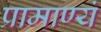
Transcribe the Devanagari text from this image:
प्रामाण्यं